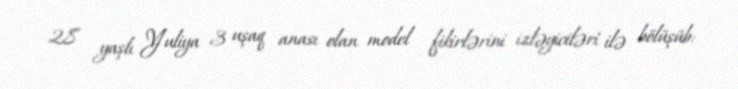
28 yaşlı Yuliya 3 uşaq anası olan model fikirlərini izləyiciləri ilə bölüşüb: